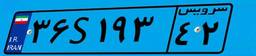
۰۹S۰۳۷۶۱